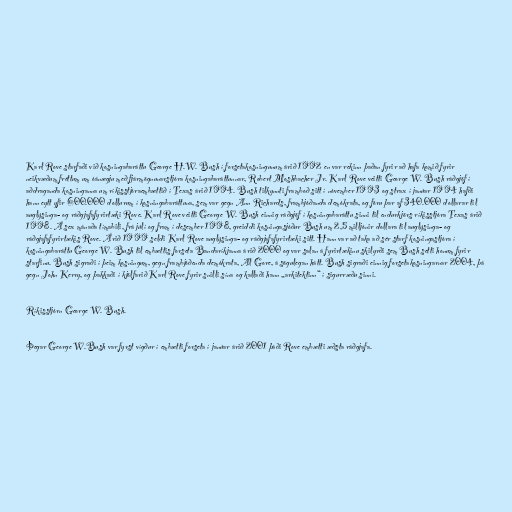
Karl Rove starfaði við kosningabaráttu George H.W. Bush í forsetakosningunum árið 1992 en var rekinn þaðan fyrir að hafa komið fyrir
neikvæðum fréttum um óánægju með fjármögnunarstjóra kosningabaráttunnar, Robert Moshbacher Jr. Karl Rove veitti George W. Bush ráðgjöf í
aðdraganda kosninganna um ríkisstjóraembættið í Texas árið 1994. Bush tilkynnti framboð sitt í nóvember 1993 og strax í janúar 1994 hafði
hann eytt yfir 600.000 dollurum í kosningabaráttuna, sem var gegn Ann Richards, frambjóðanda demókrata, og fóru þar af 340.000 dollarar til
auglýsinga- og ráðgjafafyrirtæki Rove. Karl Rove veitti George W. Bush einnig ráðgjöf í kosningabaráttu sinni til endurkjörs ríkisstjóra Texas árið
1998. Á sex mánaða tímabili, frá júlí og fram í desember 1998, greiddi kosningasjóður Bush um 2,5 milljónir dollara til auglýsinga- og
ráðgjafafyrirtækis Rove. Árið 1999 seldi Karl Rove auglýsinga- og ráðgjafafyrirtæki sitt. Hann var að taka að sér starf kosningastjóra í
kosningabaráttu George W. Bush til embættis forseta Bandaríkjanna árið 2000 og var salan á fyrirtækinu skilyrði sem Bush setti honum fyrir
starfinu. Bush sigraði í þeim kosningum, gegn frambjóðenda demókrata, Al Gore, á sögulegan hátt. Bush sigraði einnig forsetakosningarnar 2004, þá
gegn John Kerry, og þakkaði í kjölfarið Karl Rove fyrir snilli sína og kallaði hann „arkitektinn“ í sigurræðu sinni.

Ríkisstjórn George W. Bush.

Þegar George W.Bush var fyrst vígður í embætti forseta í janúar árið 2001 þáði Rove embætti æðsta ráðgjafa.